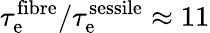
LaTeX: \tau_{\mathrm{e}}^{\mathrm{fibre}}/\tau_{\mathrm{e}}^{\mathrm{sessile}}\approx 11